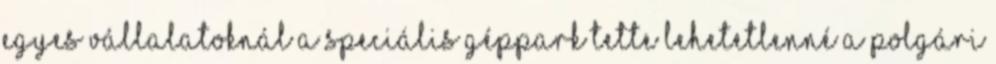
Egyes vállalatoknál a speciális géppark tette lehetetlenné a polgári